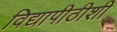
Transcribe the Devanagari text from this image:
विद्यापीठीशी